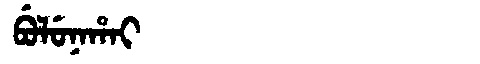
Manchu: ᠪᡠᠯᡠᠨᠠᡥᠠᡳ
Romanization: BULUNAHAI